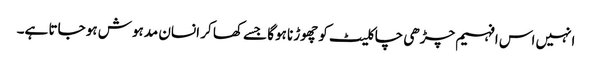
انہیں اس افہیم چڑھی چاکلیٹ کو چھوڑنا ہوگا جسے کھا کر انسان مدہوش ہو جاتا ہے۔